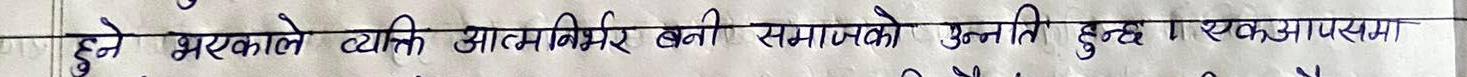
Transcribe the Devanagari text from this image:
हुने भएकाले व्यक्ति आत्मनिर्भर बनी समाजको उन्नति हुन्छ । आवश्यक